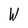
Character: W